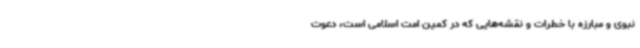
نبوی و مبارزه با خطرات و نقشه‌هایی که در کمین امت اسلامی است، دعوت